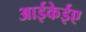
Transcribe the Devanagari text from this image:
आईकेईए